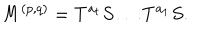
M ^ { ( p , q ) } = T ^ { a _ { t } } S \ldots T ^ { a _ { 1 } } S .